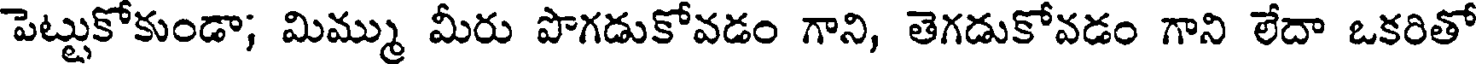
పెట్టుకోకుండా; మిమ్ము మీరు పొగడుకోవడం గాని, తెగడుకోవడం గాని లేదా ఒకరితో